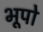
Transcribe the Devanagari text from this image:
भूपो